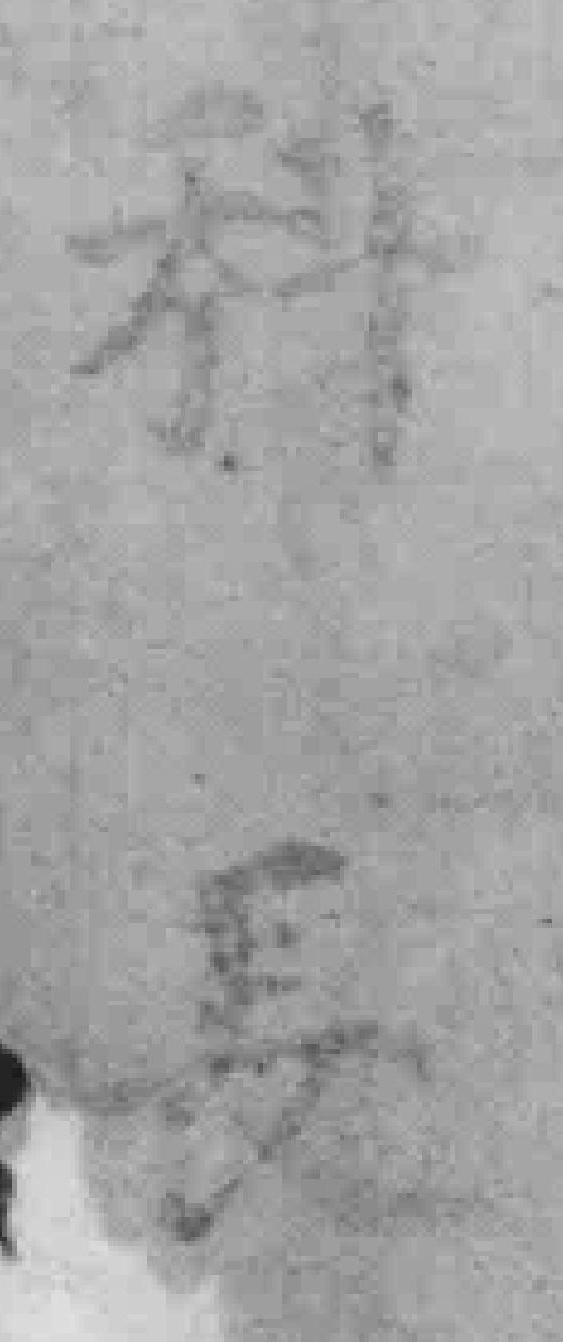
科長